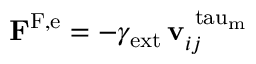
\mathbf { F } ^ { \mathrm { F , e } } = - \gamma _ { \mathrm { e x t } } \, \mathbf { v } _ { i j } ^ { \mathrm { \ t a u _ { m } } }